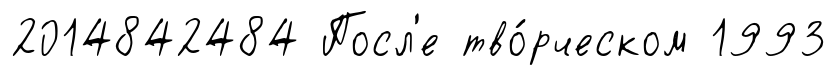
2014842484 Посл'е тво́рческом 1993